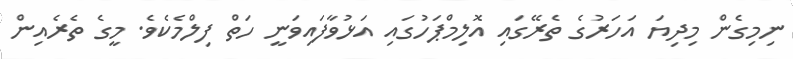
ނިމިގެން މިދިޔަ އަހަރުގެ ތެރޭގައި އޮލިމްޕަހުގައި އަޅުވާފައިވަނީ ހަތް ފިލްމެކެވެ. މީގެ ތެރެއިން